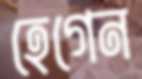
হেগেন